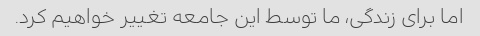
اما برای زندگی، ما توسط این جامعه تغییر خواهیم کرد.